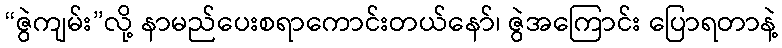
“ဇွဲကျမ်း”လို့ နာမည်ပေးစရာကောင်းတယ်နော်၊ ဇွဲအကြောင်း ပြောရတာနဲ့